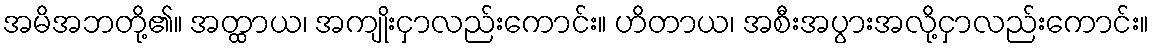
အမိအဘတို့၏။ အတ္ထာယ၊ အကျိုးငှာလည်းကောင်း။ ဟိတာယ၊ အစီးအပွားအလို့ငှာလည်းကောင်း။